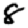
Digit: 8